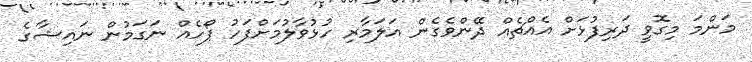
މަންމަ މިގޮވީ ދަރިފުޅަށް އެއްޗެއް ދޭންވެގެން އަލަމާރި ހުޅުވާލުމަށްފަހު ޕޯހެއް ނަގަމުން ނައިޝާގެ